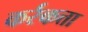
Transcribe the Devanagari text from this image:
कर्रकत्ता